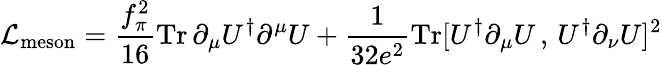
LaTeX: {\cal L}_{\mathrm{meson}}=\frac{f_{\pi}^{2}}{16}\mathrm{Tr}\, \partial_{\mu}U^{\dagger}\partial^{\mu}U+\frac{1}{32e^{2}}\mathrm{Tr}[U^{\dagger}\partial_{\mu}U\, ,\, U^{\dagger}\partial_{\nu}U]^{2}